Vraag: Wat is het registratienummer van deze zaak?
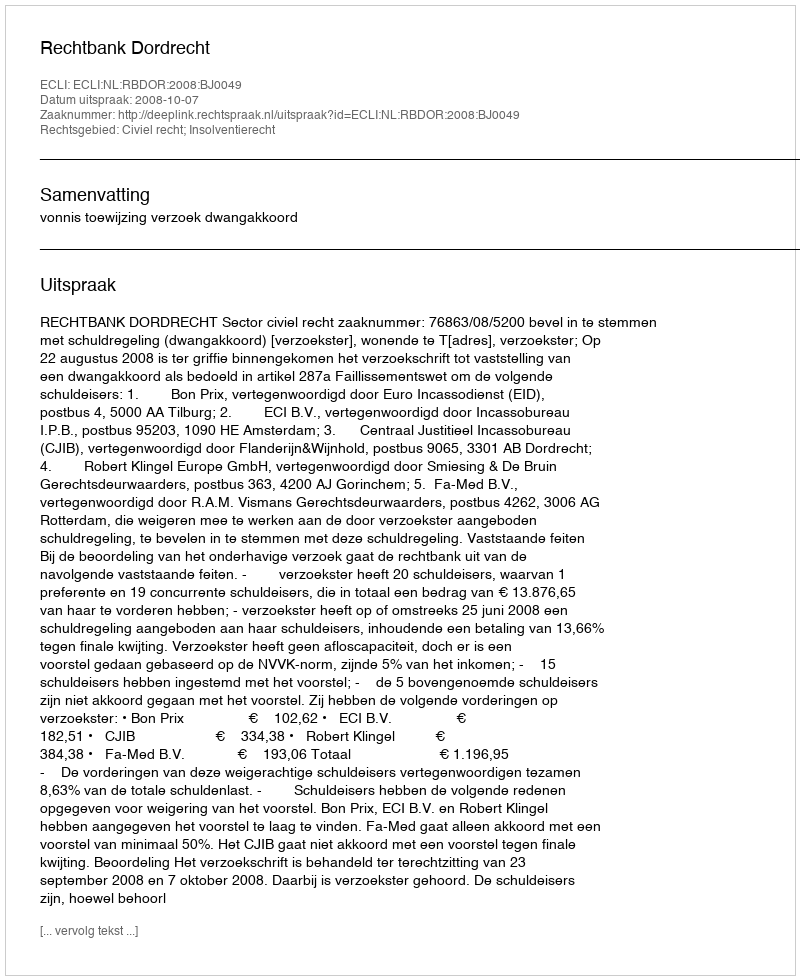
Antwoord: http://deeplink.rechtspraak.nl/uitspraak?id=ECLI:NL:RBDOR:2008:BJ0049